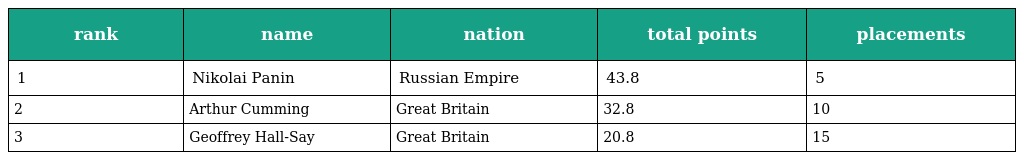
| rank | name | nation | total points | placements |
 | --- | --- | --- | --- | --- |
 | 1 | Nikolai Panin | Russian Empire | 43.8 | 5 |
 | 2 | Arthur Cumming | Great Britain | 32.8 | 10 |
 | 3 | Geoffrey Hall-Say | Great Britain | 20.8 | 15 |